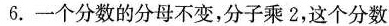
6.一个分数的分母不变，分子乘2，这个分数